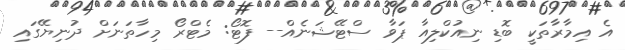
އެ އިމާރާތަކީ ބޮޑި ނިއުކްލިއާ ޕަވާ ސްޓޭޝަނެއް-- ފޮޓޯ: މެޓްރޯ މިހާތަނަށް ދުނިޔޭގައި